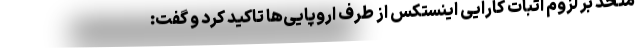
متحد بر لزوم اثبات کارایی اینستکس از طرف اروپایی‌ها تاکید کرد و گفت: